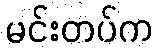
မင်းတပ်က